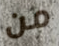
من